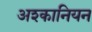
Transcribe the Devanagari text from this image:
अश्कानियन